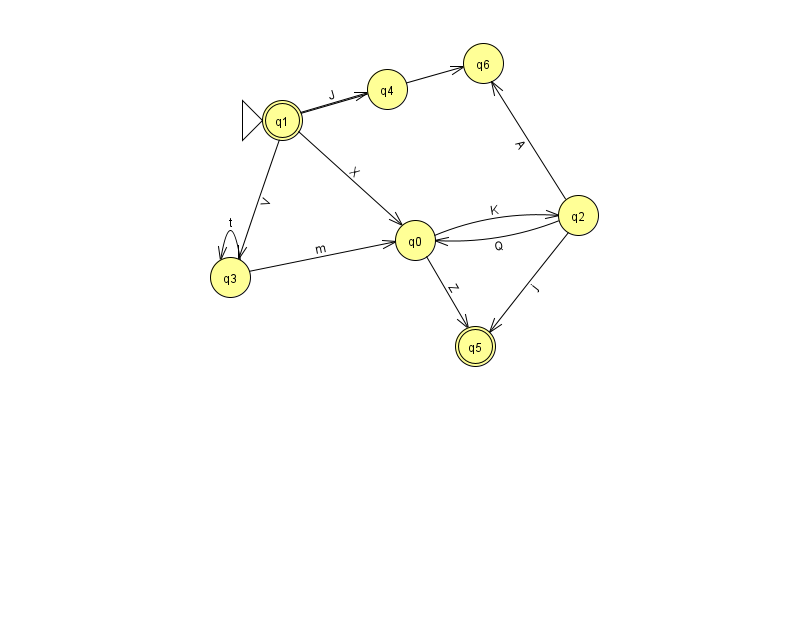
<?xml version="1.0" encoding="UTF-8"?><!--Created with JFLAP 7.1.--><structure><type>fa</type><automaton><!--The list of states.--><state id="0" name="q0"><x>415.0</x><y>227.0</y></state><state id="1" name="q1"><x>282.0</x><y>107.0</y><initial/><final/></state><state id="2" name="q2"><x>578.0</x><y>202.0</y></state><state id="3" name="q3"><x>230.0</x><y>264.0</y></state><state id="4" name="q4"><x>387.0</x><y>76.0</y></state><state id="5" name="q5"><x>475.0</x><y>333.0</y><final/></state><state id="6" name="q6"><x>483.0</x><y>50.0</y></state><!--The list of transitions.--><transition><from>1</from><to>0</to><read>X</read></transition><transition><from>1</from><to>3</to><read>V</read></transition><transition><from>1</from><to>6</to><read>F</read></transition><transition><from>3</from><to>0</to><read>m</read></transition><transition><from>0</from><to>2</to><read>K</read></transition><transition><from>2</from><to>5</to><read>j</read></transition><transition><from>3</from><to>3</to><read>t</read></transition><transition><from>2</from><to>6</to><read>A</read></transition><transition><from>2</from><to>0</to><read>Q</read></transition><transition><from>0</from><to>5</to><read>Z</read></transition><transition><from>1</from><to>4</to><read>J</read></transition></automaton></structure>